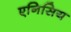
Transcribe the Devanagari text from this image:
एनिसिय